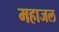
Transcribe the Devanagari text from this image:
महाजल